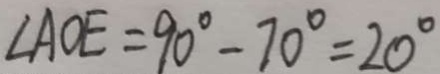
\angle A O E = 9 0 ^ { \circ } - 7 0 ^ { \circ } = 2 0 ^ { \circ }